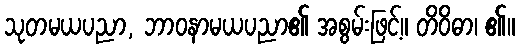
သုတမယပညာ, ဘာဝနာမယပညာ၏ အစွမ်းဖြင့်။ တိဝိဓာ၊ ၏။